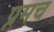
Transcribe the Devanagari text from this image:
प्रमच